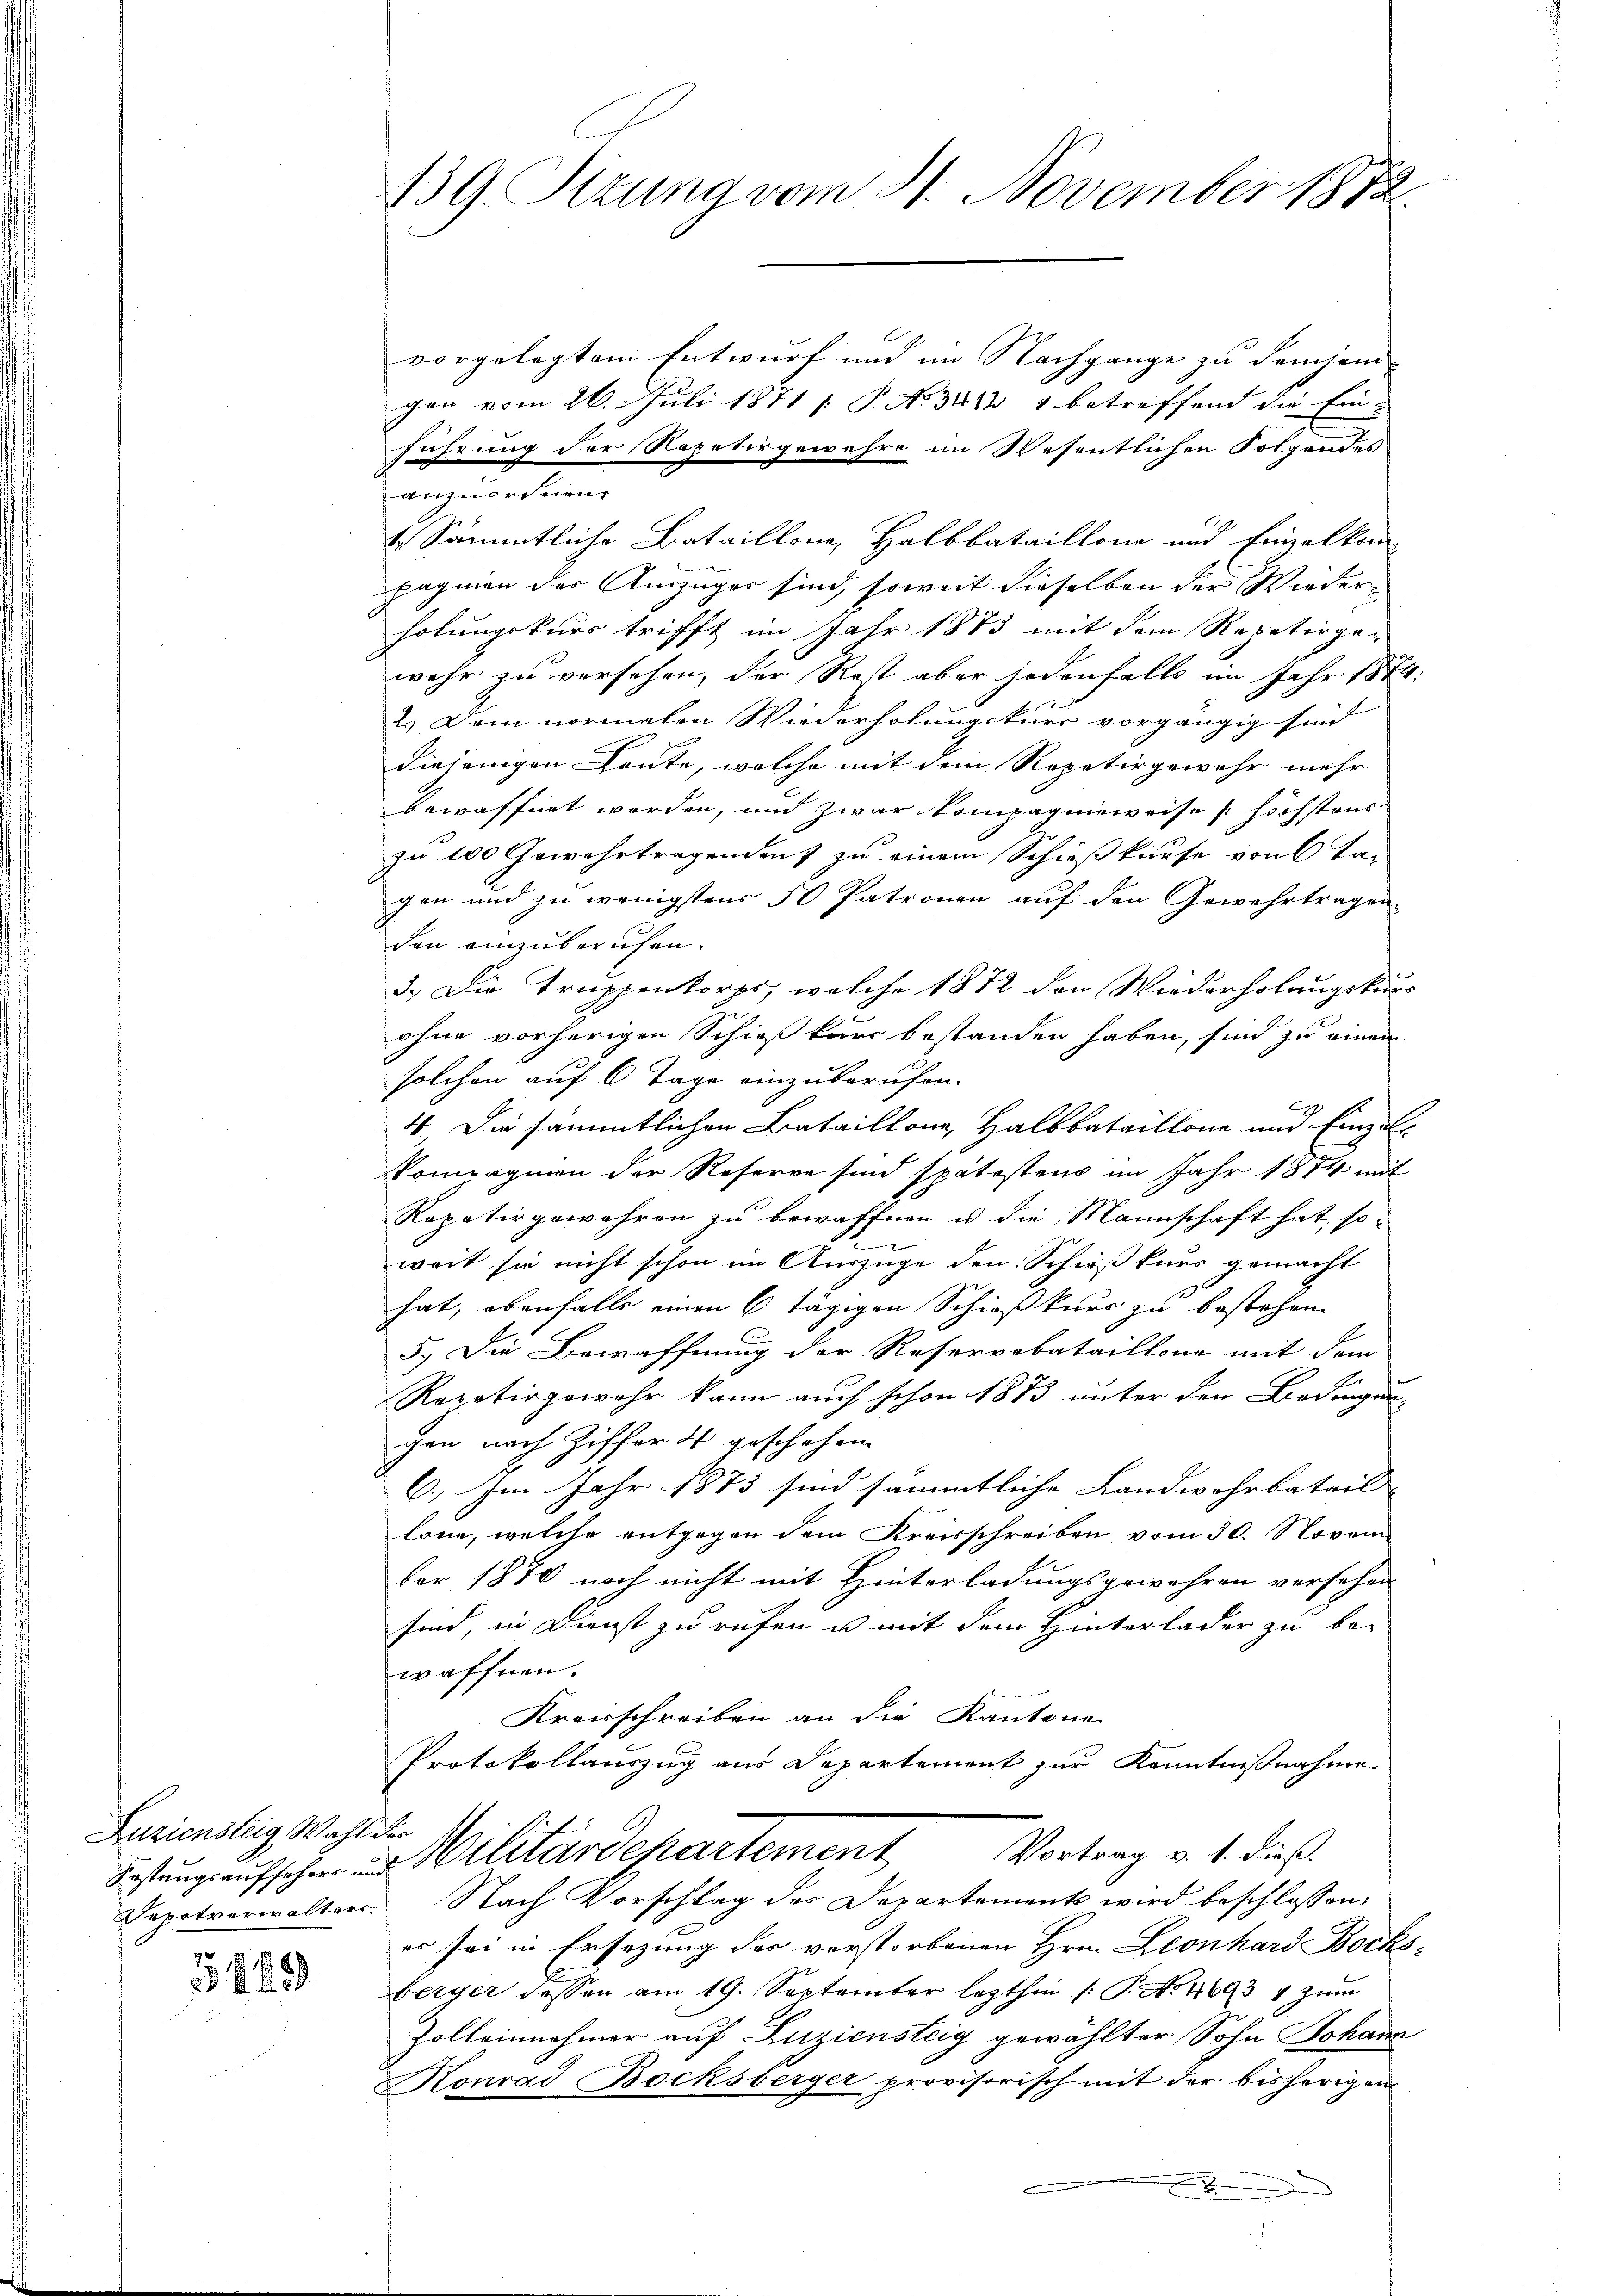
Zuziensteig Wahl der

1 1891
2. §. 489

139. Sizung vom 21. November 1872

vorgelegtem Entwurf und im Nachgange zu demjeni-
gen vom 26. Juli 1871 s P. No 341 4 betreffend die Ein-
führung der Repetirgewehre im Wesentlichen Folgendes
anzuordnen,
4 Sämmtliche Bataillone, Halbbataillone und Einzelkom-
pagnien der Auszüger sind, soweit dieselben der Wiederholungskurs trifft im Jahr 1873 mit dem Repetirgen
wehr zu versehen, der Rest aber jedenfalls im Jahr 18 te
2.) Dem normalen Wiederholung kurs vorgängig sind
diejenigen Leute, welche mit dem Repetirgewehr mehr
bewaffnet worden, und zwar kompagnieweise höchstens
zu 100 Gewahrtragenden zu einem Schießkurse von Tan
gen und zu wenigstens 50 Patronen auf den Gewehrtragen
den einzuberuhen.
3.) Die Truppenkorps, welche 1872 den Wiederholungskurs
ohne vorherigen Schießkurs bestanden haben, sind zu einem
solchen auf 6 Tage einzuberufen.
E
4 Die sämmtlichen Bataillone, Halbbataillone und Einzelkompagnien der Reserve sind spätestens im Jahr 1874 mit
Repativgewahren zu bewaffnen u die Mannschaft hat, so-
e
weit sie nicht schon im Auszüge den Schieß kurs gemacht
hat, ebenfalls einen 6 tägigen Schießkurs zu bestehen.
5.) Die Bewaffnung der Resorrobataillona mit dem
A.
Repetirgewahr kann auch schon 1873 unter den Bedingun
gon nach Ziffer 4 geschehen.
6.) Im Jahr 1873 sind sämmtliche Landwehrbatail- |
lone, welche entgegen dem Kreisschreiben vom 30. Novem
ber 1870 noch nicht mit Hinterladungsgewehren versehen
sind, in Dienst zu rufen u. mit dem Hinterlader zu be-
waffnen.
Kreisschreiben an die Kantone
Protokollauszug aus Departement zur Kenntnißnahme
Vortrag v. 1. dieß.
Festung aufschen und Militärdepartement
Depotverwalters. Nach Vorschlag des Departements wird beschlossen:
es sei in Ersezung des verstorbenen Hrn. Leonhard Bocke
berger dessen am 19. September lezthin /: P. Nr. 4693 4 zŭm
Zolleinnahmer auf Zuziensteig gewählter Sohn Johann
Konrad Bocksberger provisorisch mit der bisherigen
.